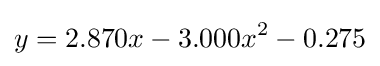
y=2.870x-3.000x^{2}-0.275